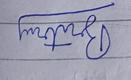
Signature authenticity: forged